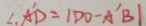
\angle A ^ { \prime } D = 1 D O - A ^ { \prime } B \vert